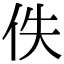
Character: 佚